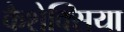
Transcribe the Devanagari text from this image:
कैशेक्सिया